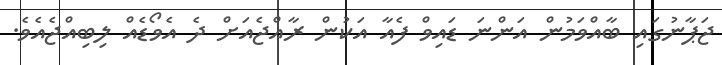
ޖަޕާނުގައި ބާއްވަމުން އަންނަ ޑައިވް ފެއާ އަކުން ރާއްޖެއަށް ދެ އެވޯޑެއް ލިބިއްޖެއެވެ.